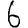
Digit: 6